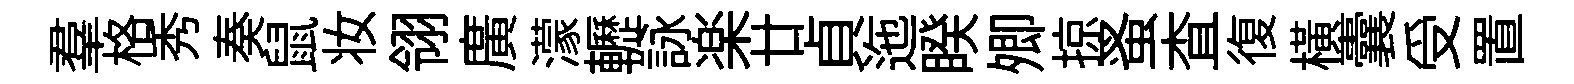
羣格秀奏鼠妆翎廣濛轣詠楽廿貞迤睽𡖖掠蚤查復横囊受置